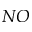
N O